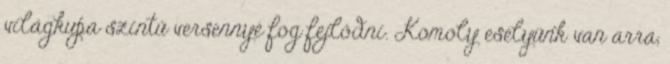
világkupa szintű versennyé fog fejlődni. Komoly esélyünk van arra,